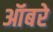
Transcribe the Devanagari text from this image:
ऑबरे